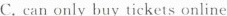
C. can only buy tickets online